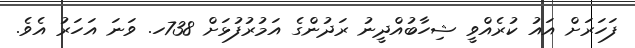
ފަހަރަށް އައު ކުރެއްވީ ޝިހާބުއްދީނު ރަދުންގެ އަމުރުފުޅަށް 738ހ. ވަނަ އަހަރު އެވެ.